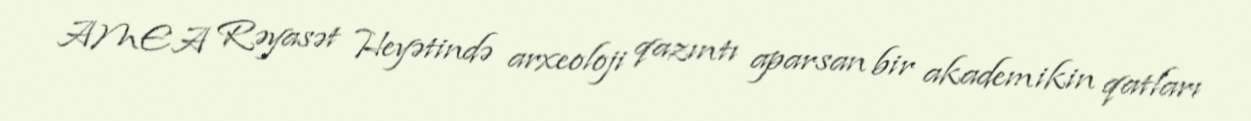
AMEA Rəyasət Heyətində arxeoloji qazıntı aparsan bir akademikin qatları